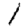
Digit: 1